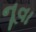
નૂવા